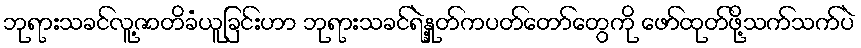
ဘုရားသခင်လူ့ဇာတိခံယူခြင်းဟာ ဘုရားသခင်ရဲ့နှုတ်ကပတ်တော်တွေကို ဖော်ထုတ်ဖို့သက်သက်ပဲ